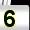
Digit: 5